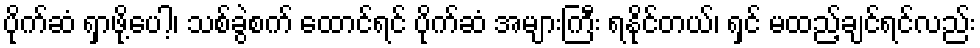
ပိုက်ဆံ ရှာဖို့ပေါ့၊ သစ်ခွဲစက် ထောင်ရင် ပိုက်ဆံ အများကြီး ရနိုင်တယ်၊ ရှင် မထည့်ချင်ရင်လည်း